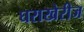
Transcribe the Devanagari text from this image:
घराखेरीज